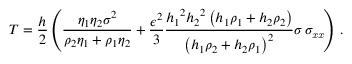
{ T } = \frac { h } 2 \left( \frac { \eta _ { 1 } \eta _ { 2 } \sigma ^ { 2 } } { \rho _ { 2 } \eta _ { 1 } + \rho _ { 1 } \eta _ { 2 } } + \frac { \epsilon ^ { 2 } } 3 { \frac { { h _ { { 1 } } } ^ { 2 } { h _ { { 2 } } } ^ { 2 } \left( h _ { { 1 } } \rho _ { { 1 } } + h _ { { 2 } } \rho _ { { 2 } } \right) } { \left( h _ { { 1 } } \rho _ { { 2 } } + h _ { { 2 } } \rho _ { { 1 } } \right) ^ { 2 } } } \sigma \, \sigma _ { { { \it x x } } } \right) \, .